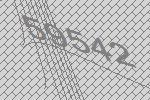
59542